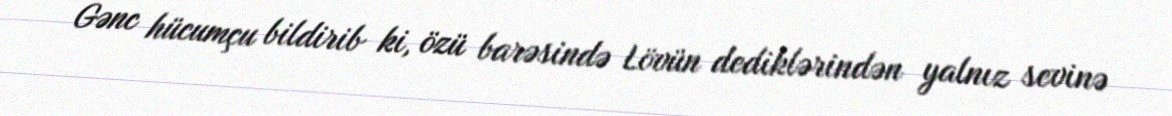
Gənc hücumçu bildirib ki, özü barəsində Lövün dediklərindən yalnız sevinə